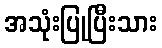
အသုံးပြုပြီးသား